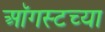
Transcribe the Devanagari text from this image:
आॅगस्टच्या